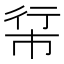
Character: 𪩵